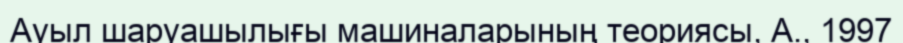
Ауыл шаруашылығы машиналарының теориясы, А., 1997